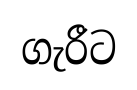
ගැරීට